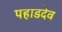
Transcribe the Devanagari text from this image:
पहाडदेव